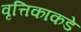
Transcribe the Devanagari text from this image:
वृत्तिकाकडे